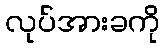
လုပ်အားခကို